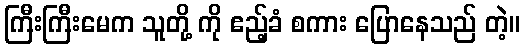
ကြီးကြီးမေက သူတို့ ကို ဧည့်ခံ စကား ပြောနေသည် တဲ့။